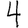
Digit: 4